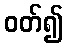
ဝတ်၍